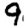
Digit: 9